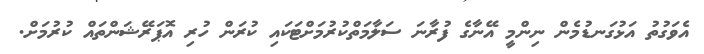
އެވަގުތު އަޅުގަނޑުމެން ނިންމީ އޭނާގެ ފުރާނަ ސަލާމަތްކުރުމަށްޓަކައި ކުރަން ހުރި އޮޕަރޭޝަންތައް ކުރުމަށް.